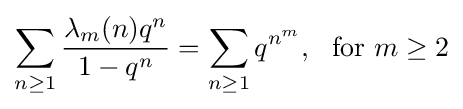
\sum _{n\geq 1}{\frac {\lambda _{m}(n)q^{n}}{1-q^{n}}}=\sum _{n\geq 1}q^{n^{m}},\ {\text{ for }}m\geq 2